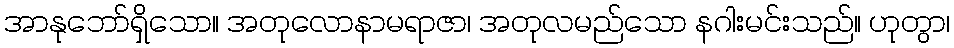
အာနုဘော်ရှိသော။ အတုလောနာမရာဇာ၊ အတုလမည်သော နဂါးမင်းသည်။ ဟုတွာ၊